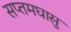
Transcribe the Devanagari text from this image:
सप्तमघासु